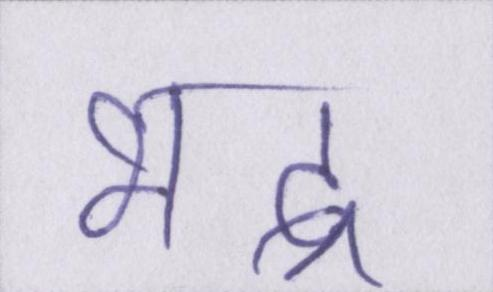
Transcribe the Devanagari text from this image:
भद्र